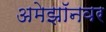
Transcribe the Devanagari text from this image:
अमेझॉनवर